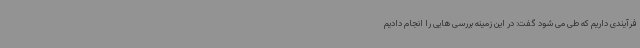
فرآیندی داریم که طی می شود گفت: در این زمینه بررسی هایی را انجام دادیم